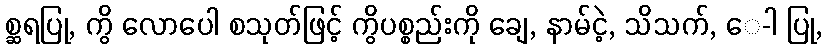
စ္ဆရပြု, ကွိ လောပေါ စသုတ်ဖြင့် ကွိပစ္စည်းကို ချေ, နာမ်ငဲ့, သိသက်, ေ-ါ ပြု,